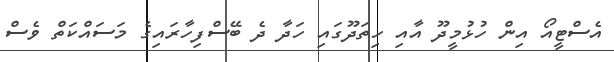
އެސްޓީއޯ އިން ހުޅުމީދޫ އާއި ހިތަދޫގައި ހަދާ ދެ ބޭސްފިހާރައިގެ މަސައްކަތް ވެސް